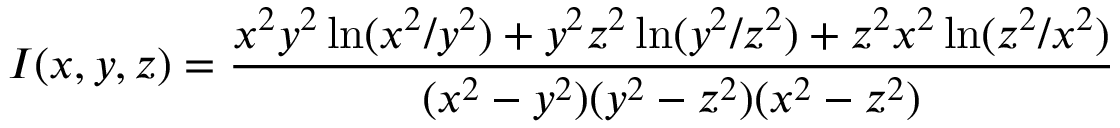
I ( x , y , z ) = \frac { x ^ { 2 } y ^ { 2 } \ln ( x ^ { 2 } / y ^ { 2 } ) + y ^ { 2 } z ^ { 2 } \ln ( y ^ { 2 } / z ^ { 2 } ) + z ^ { 2 } x ^ { 2 } \ln ( z ^ { 2 } / x ^ { 2 } ) } { ( x ^ { 2 } - y ^ { 2 } ) ( y ^ { 2 } - z ^ { 2 } ) ( x ^ { 2 } - z ^ { 2 } ) }